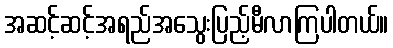
အဆင့်ဆင့်အရည်အသွေးပြည့်မီလာကြပါတယ်။